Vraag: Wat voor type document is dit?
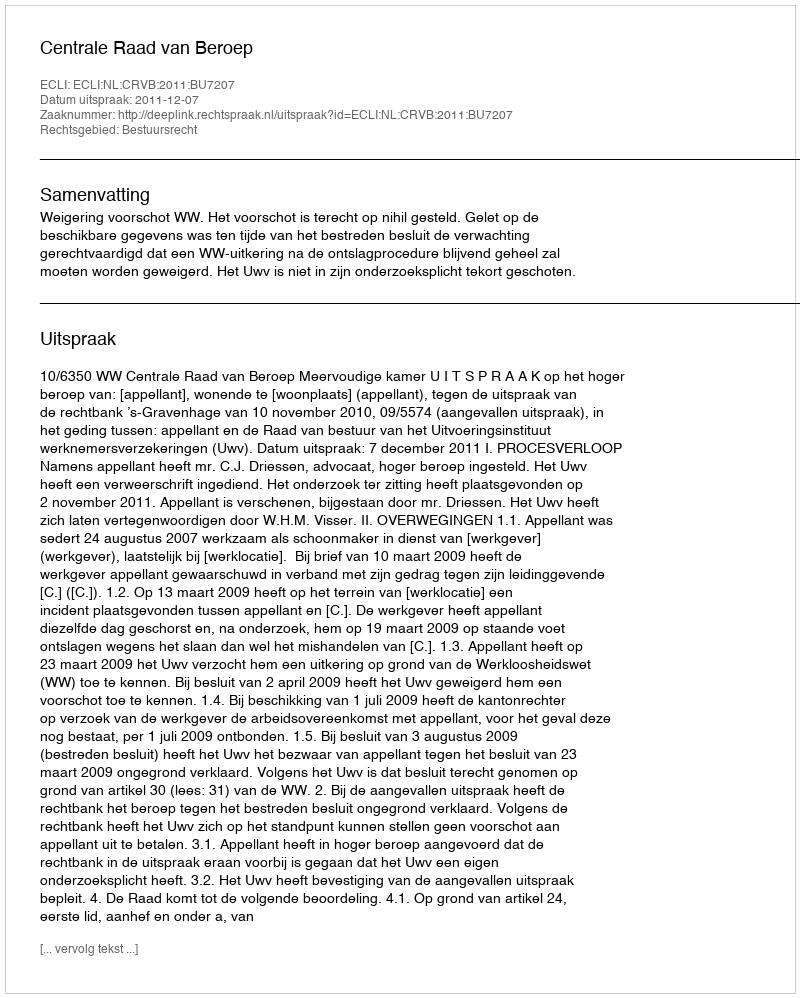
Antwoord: Uitspraak